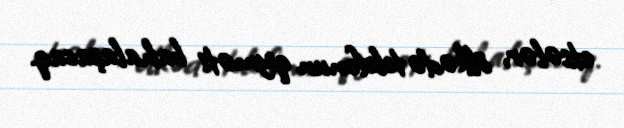
etsələr, ölkədə telefonun qiyməti bahalaşacaq.